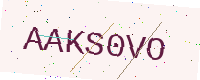
Text: AAKS0VO